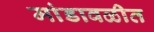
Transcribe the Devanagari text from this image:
मांडावळीत